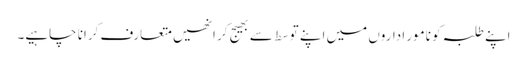
اپنے طلبہ کو نامور اداروں میں اپنے توسط سے بھیج کر انھیں متعارف کرانا چاہیے۔